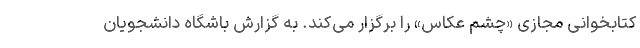
کتابخوانی مجازی «چشم عکاس» را برگزار می‌کند. به گزارش باشگاه دانشجویان